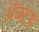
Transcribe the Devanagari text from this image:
ॲक्ट्स